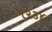
૧૨૩૪